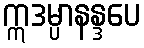
ဣဒမ္ပာနန္ဒပေ